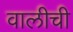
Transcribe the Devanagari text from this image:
वालीची